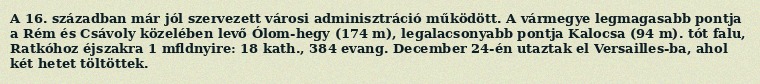
A 16. században már jól szervezett városi adminisztráció működött. A vármegye legmagasabb pontja a Rém és Csávoly közelében levő Ólom-hegy (174 m), legalacsonyabb pontja Kalocsa (94 m). tót falu, Ratkóhoz éjszakra 1 mfldnyire: 18 kath., 384 evang. December 24-én utaztak el Versailles-ba, ahol két hetet töltöttek.